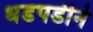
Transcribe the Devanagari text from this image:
धडपडीने